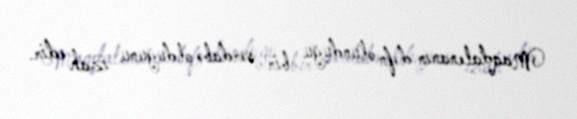
Maqdalenanın dəfn olunduğu bir sərdabə olduğunu izah edir.